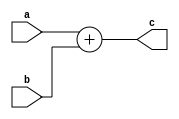
module antares_add (
                    input [31:0]  a,
                    input [31:0]  b,
                    output [31:0] c
                    );


    assign c = a + b;

endmodule